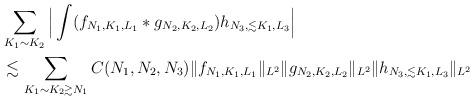
LaTeX: \begin{align*} &\sum_{K_1 \sim K_2} \Big| \int (f_{N_1,K_1,L_1} * g_{N_2,K_2,L_2}) h_{N_3,\lesssim K_1,L_3} \Big| \\ &\lesssim \sum_{K_1 \sim K_2 \gtrsim N_1} C(N_1,N_2,N_3) \| f_{N_1,K_1,L_1} \|_{L^2} \| g_{N_2,K_2,L_2} \|_{L^2} \| h_{N_3,\lesssim K_1,L_3} \|_{L^2} \end{align*}